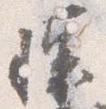
懐